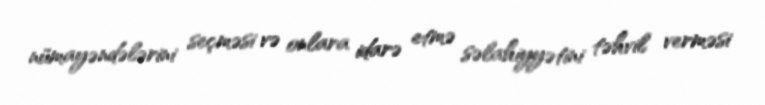
nümayəndələrini seçməsi və onlara idarə etmə səlahiyyətini təhvil verməsi